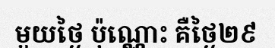
មួយថ្ងៃ ប៉ុណ្ណោះ គឺថ្ងៃ២៩